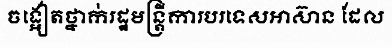
ចង្អៀតថ្នាក់រដ្ឋមន្ត្រីការបរទេសអាស៊ាន ដែល